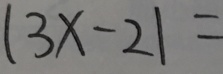
\vert 3 x - 2 \vert =